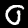
Digit: 0